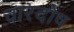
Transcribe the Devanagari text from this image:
वारदोष